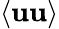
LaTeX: \langle\textbf{uu}\rangle